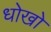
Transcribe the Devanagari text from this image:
धोखो